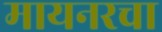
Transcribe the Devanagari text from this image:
मायनरचा